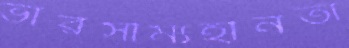
ভারসাম্যহীনতা